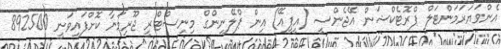
އެންވަޔަރަމަންޓަލް ޕްރޮޓެކްޝަން އޭޖެންސީ (އީޕީއޭ) އިން ޕްލޭނިންގް މިނިސްޓްރީ ޖޫރިމަނާ ކޮށްފައިވަނީ 892500